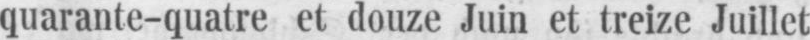
quarante-quatre et douze Juin et treize Juillet